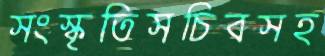
সংস্কৃতিসচিবসহ